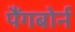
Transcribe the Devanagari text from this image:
पैंगबोर्न